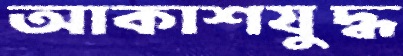
আকাশযুদ্ধ